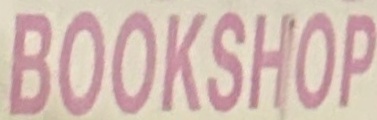
BOOKSHOP